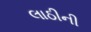
લાઠીની